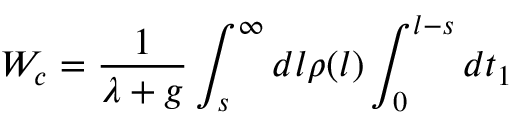
W _ { c } = \frac { 1 } { \lambda + g } \int _ { s } ^ { \infty } d l \rho ( l ) \int _ { 0 } ^ { l - s } d t _ { 1 }